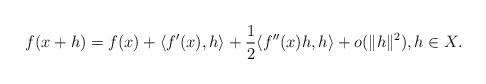
LaTeX: \begin{align*}f(x+h)=f(x)+\langle f'(x),h\rangle+\frac{1}{2}\langle f''(x)h,h\rangle +o(\|h\|^2),h\in X.\end{align*}